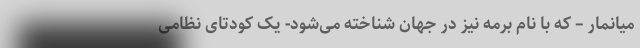
میانمار – که با نام برمه نیز در جهان شناخته می‌شود- یک کودتای نظامی